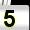
Digit: 5